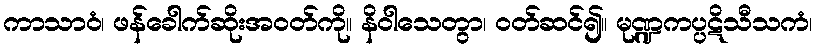
ကာသာဝံ၊ ဖန်ခေါက်ဆိုးအဝတ်ကို။ နိဝါသေတွာ၊ ဝတ်ဆင်၍။ မုဏ္ဍကပ္ပဋိသီသကံ၊